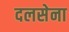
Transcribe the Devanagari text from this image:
दलसेना